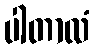
ပါတာလံ